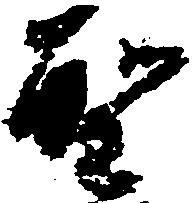
聖